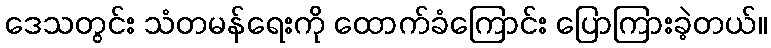
ဒေသတွင်း သံတမန်ရေးကို ထောက်ခံကြောင်း ပြောကြားခဲ့တယ်။